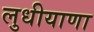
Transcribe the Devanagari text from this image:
लुधीयाणा